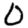
Digit: 0